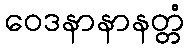
ဝေဒနာနာနတ္တံ